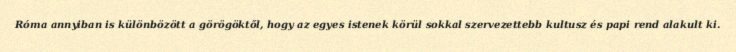
Róma annyiban is különbözött a görögöktől, hogy az egyes istenek körül sokkal szervezettebb kultusz és papi rend alakult ki.